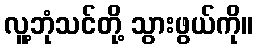
လူ့ဘုံသင်တို့ သွားဖွယ်ကို။